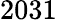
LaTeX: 2031